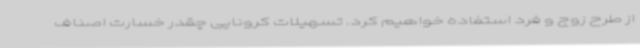
از طرح زوج و فرد استفاده خواهیم کرد. تسهیلات کرونایی چقدر خسارت اصناف